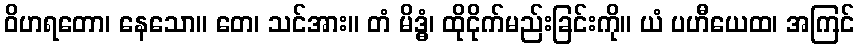
ဝိဟရတော၊ နေသော။ တေ၊ သင်အား။ တံ မိဒ္ဓံ၊ ထိုငိုက်မည်းခြင်းကို။ ယံ ပဟီယေထ၊ အကြင်